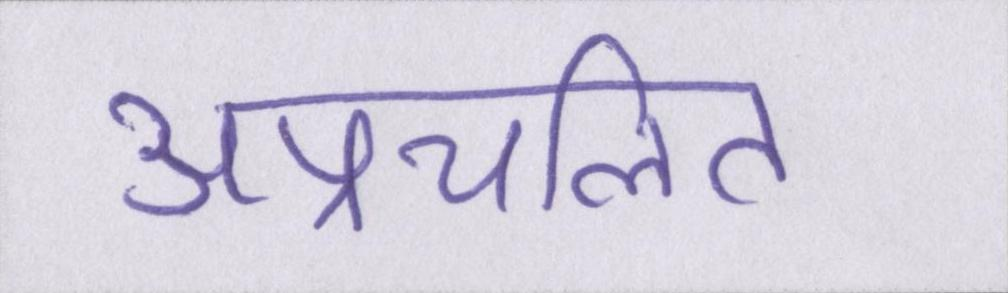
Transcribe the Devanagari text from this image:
अप्रचलित